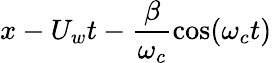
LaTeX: x-U_{w}t-\frac{\beta}{\omega_{c}}\cos(\omega_{c}t)